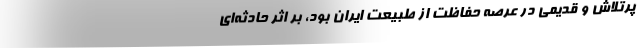
پرتلاش و قدیمی در عرصه‌ حفاظت از طبیعت ایران بود، بر اثر حادثه‌ای